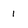
Character: 1